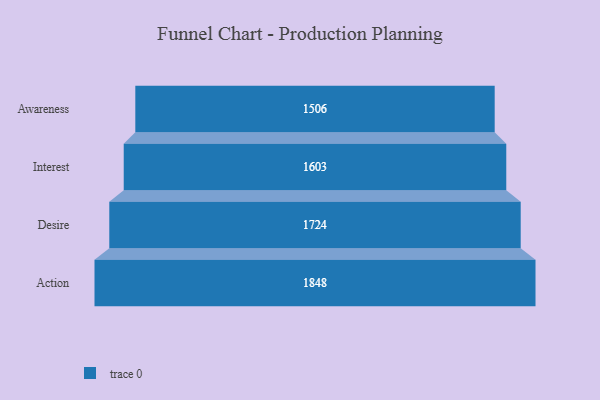
{"axis": {"x": "Stage", "y": "Value"}, "legend": [""], "data": [{"x": "Awareness", "y": 1506.0, "type": ""}, {"x": "Interest", "y": 1603.0, "type": ""}, {"x": "Desire", "y": 1724.0, "type": ""}, {"x": "Action", "y": 1848.0, "type": ""}]}